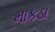
માકડા